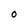
Character: 0